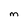
Character: M